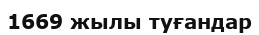
1669 жылы туғандар